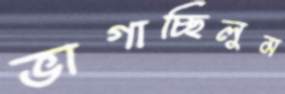
ভাগাচ্ছিলুম